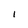
Character: I